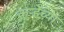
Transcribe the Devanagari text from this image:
कऱ्हेच्या